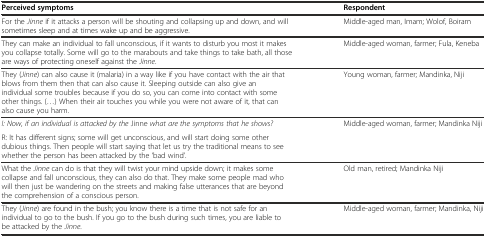
<table><thead><tr><td><b>Perceived symptoms</b></td><td><b>Respondent</b></td></tr></thead><tbody><tr><td>For the <i>Jinne</i> if it attacks a person will be shouting and collapsing up and down, and will sometimes sleep and at times wake up and be aggressive.</td><td>Middle-aged man, Imam; Wolof, Boiram</td></tr><tr><td>They can make an individual to fall unconscious, if it wants to disturb you most it makes you collapse totally. Some will go to the marabouts and take things to take bath, all those are ways of protecting oneself against the <i>Jinne</i>.</td><td>Middle-aged woman, farmer; Fula, Keneba</td></tr><tr><td>They (<i>Jinne</i>) can also cause it (malaria) in a way like if you have contact with the air that blows from them then that can also cause it. Sleeping outside can also give an individual some troubles because if you do so, you can come into contact with some other things. (...) When their air touches you while you were not aware of it, that can also cause you harm.</td><td>Young woman, farmer; Mandinka, Niji</td></tr><tr><td><i>I: Now, if an individual is attacked by the</i> Jinne <i>what are the symptoms that he shows?</i></td><td rowspan="2">Middle-aged woman, farmer; Mandinka Niji</td></tr><tr><td>R: It has different signs; some will get unconscious, and will start doing some other dubious things. Then people will start saying that let us try the traditional means to see whether the person has been attacked by the ‘bad wind’.</td></tr><tr><td>What the <i>Jinne</i> can do is that they will twist your mind upside down; it makes some collapse and fall unconscious, they can also do that. They make some people mad who will then just be wandering on the streets and making false utterances that are beyond the comprehension of a conscious person.</td><td>Old man, retired; Mandinka Niji</td></tr><tr><td>They (<i>Jinne</i>) are found in the bush; you know there is a time that is not safe for an individual to go to the bush. If you go to the bush during such times, you are liable to be attacked by the <i>Jinne</i>.</td><td>Middle-aged woman, farmer; Mandinka, Niji</td></tr></tbody></table>